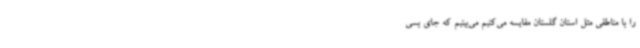
را با مناطقی مثل استان گلستان مقایسه می‌کنیم می‌بینیم که جای بسی